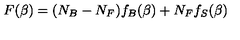
F ( \beta ) = ( N _ { B } - N _ { F } ) f _ { B } ( \beta ) + N _ { F } f _ { S } ( \beta )